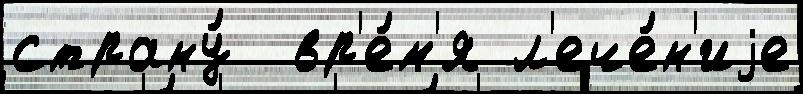
страну́  вр'е́м'я л'ече́н'иjе